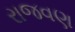
રાજવણ